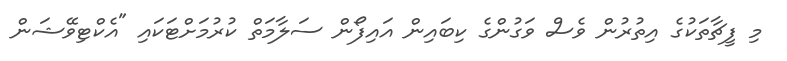
މި ފީޗާތަކުގެ އިތުރުން ވެސް ވަގުންގެ ކިބައިން އައިފޯން ސަލާމަތް ކުރުމަށްޓަކައި "އެކްޓިވޭޝަން